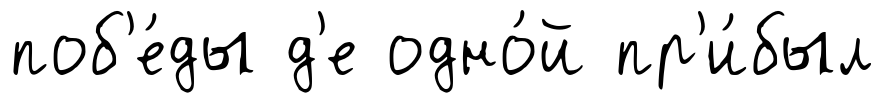
поб'е́ды д'е одно́й пр'и́был